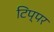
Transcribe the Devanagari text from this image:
टिप्पर